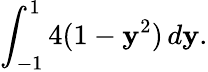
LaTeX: \displaystyle\int_{-1}^{1}4(1-\mathbf{y}^{2})\, d\mathbf{y}.